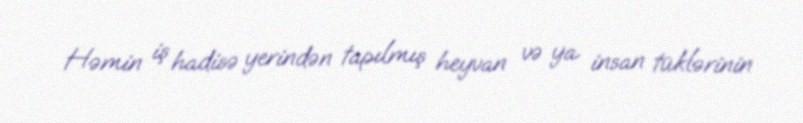
Həmin iş hadisə yerindən tapılmış heyvan və ya insan tüklərinin